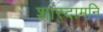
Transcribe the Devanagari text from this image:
शारदामनि